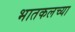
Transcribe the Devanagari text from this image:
भातकलच्या